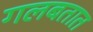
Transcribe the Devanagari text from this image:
गलबतात